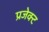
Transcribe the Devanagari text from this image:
प्रजेक्ट